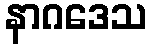
နာဂဒေသ